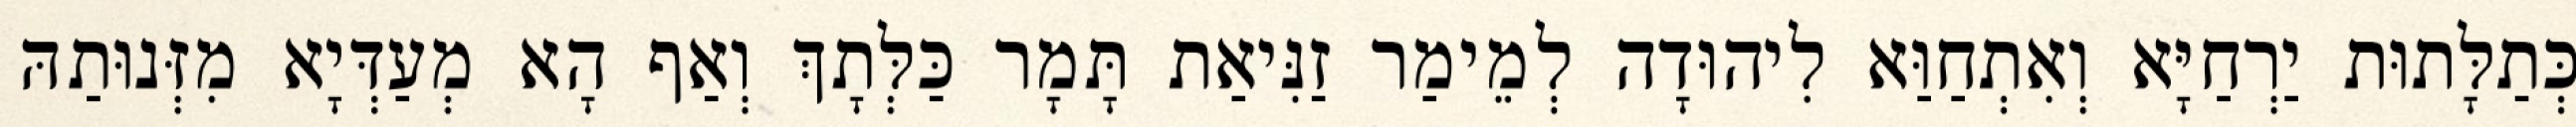
כְּתַלָּתוּת יַרְחַיָּא וְאִתְחַוַּא לִיהוּדָה לְמֵימַר זַנִּיאַת תָּמָר כַּלְּתָךְ וְאַף הָא מְעַדְּיָא מִזְּנוּתַהּ